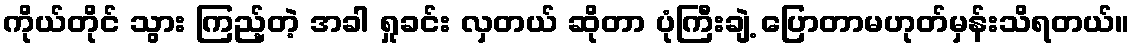
ကိုယ်တိုင် သွား ကြည့်တဲ့ အခါ ရှုခင်း လှတယ် ဆိုတာ ပုံကြီးချဲ့ ပြောတာမဟုတ်မှန်းသိရတယ်။